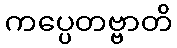
ကပ္ပေတဗ္ဗာတိ